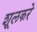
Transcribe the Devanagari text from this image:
शूलकरे